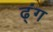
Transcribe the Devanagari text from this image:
ढ्ंग